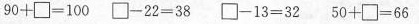
$$9 0 + \Box = 1 0 0$$ $$\Box - 2 2 = 3 8$$ $$\Box - 1 3 = 3 2$$ $$5 0 + \Box = 6 6$$